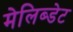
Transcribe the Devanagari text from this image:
मेलिब्डेट